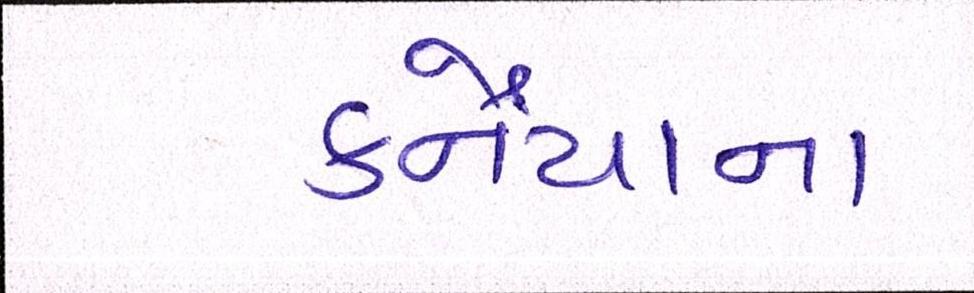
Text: કનૈયાના